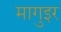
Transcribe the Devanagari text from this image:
मागुइर